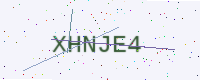
Text: XHNJE4